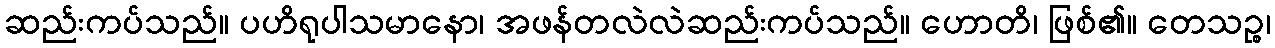
ဆည်းကပ်သည်။ ပဟိရုပါသမာနော၊ အဖန်တလဲလဲဆည်းကပ်သည်။ ဟောတိ၊ ဖြစ်၏။ တေသဉ္စ၊